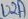
Text: U2A